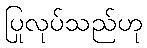
ပြုလုပ်သည်ဟု